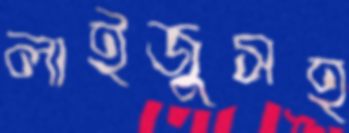
লাইজুসহ